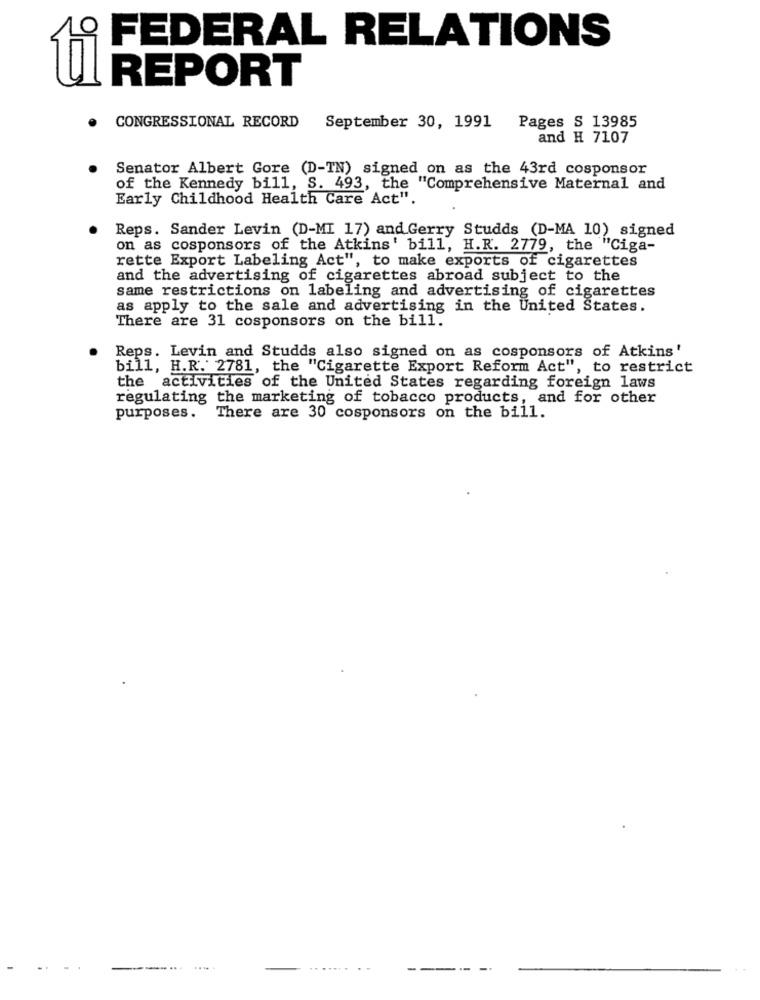
10
FEDERAL RELATIONS
REPORT
CONGRESSIONAL RECORD
Pages S 13985
September 30, 1991
and H 7107
Senator Albert Gore (D-TN) signed on as the 43rd cosponsor
of the Kennedy bill, S. 493, the "Comprehensive Maternal and
Early Childhood Health Care Act".
Reps. Sander Levin (D-MI 17) and Gerry Studds (D-MA 10) signed
on as cosponsors of the Atkins' bill, H.R. 2779, the "Ciga-
rette Export Labeling Act", to make exports of cigarettes
and the advertising of cigarettes abroad subject to the
same restrictions on labeling and advertising of cigarettes
as apply to the sale and advertising in the United States.
There are 31 cosponsors on the bill.
Reps. Levin and Studds also signed on as cosponsors of Atkins'
bill, H.R. 2781, the "Cigarette Export Reform Act", to restrict
the activities of the United States regarding foreign laws
regulating the marketing of tobacco products, and for other
purposes. There are 30 cosponsors on the bill.
..